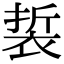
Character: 裚